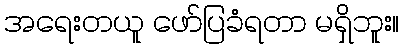
အရေးတယူ ဖော်ပြခံရတာ မရှိဘူး။